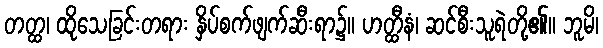
တတ္ထ၊ ထိုသေခြင်းတရား နှိပ်စက်ဖျက်ဆီးရာ၌။ ဟတ္ထီနံ၊ ဆင်စီးသူရဲတို့၏။ ဘူမိ၊